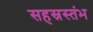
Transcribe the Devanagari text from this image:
सहस्रस्तंभ